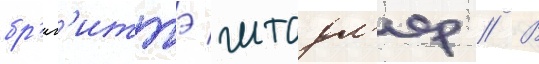
бр'иг'иттэ штадл'ер // В